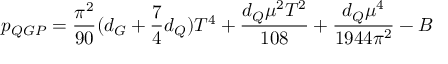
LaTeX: p _ { Q G P } = \frac { \pi ^ { 2 } } { 9 0 } ( d _ { G } + \frac { 7 } { 4 } d _ { Q } ) T ^ { 4 } + \frac { d _ { Q } \mu ^ { 2 } T ^ { 2 } } { 1 0 8 } + \frac { d _ { Q } \mu ^ { 4 } } { 1 9 4 4 \pi ^ { 2 } } - B